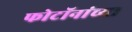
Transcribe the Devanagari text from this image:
फोटॉनांच्या